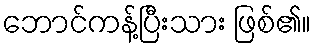
ဘောင်ကန့်ပြီးသား ဖြစ်၏။